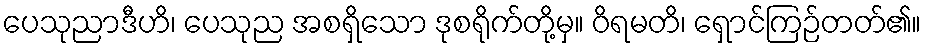
ပေသုညာဒီဟိ၊ ပေသုည အစရှိသော ဒုစရိုက်တို့မှ။ ဝိရမတိ၊ ရှောင်ကြဉ်တတ်၏။